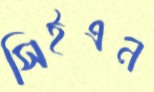
সিইএন